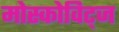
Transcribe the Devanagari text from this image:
मोस्कोविट्ज